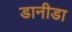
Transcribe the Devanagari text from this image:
डानीडा